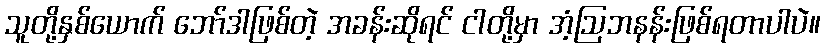
သူတို့နှစ်ယောက် ဘော်ဒါဖြစ်တဲ့ အခန်းဆိုရင် ငါတို့မှာ အံ့ဩဘနန်းဖြစ်ရတာပါပဲ။